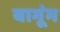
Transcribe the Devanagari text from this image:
बागूंग